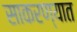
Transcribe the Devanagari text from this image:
साकरण्यात